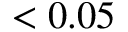
< 0 . 0 5